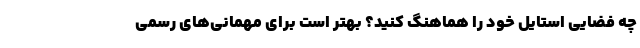
چه فضایی استایل خود را هماهنگ کنید؟ بهتر است برای مهمانی‌های رسمی